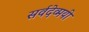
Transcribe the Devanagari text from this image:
सर्वदेव्मयी